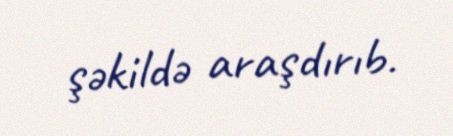
şəkildə araşdırıb.